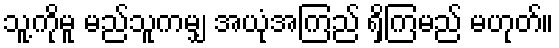
သူ့ကိုမူ မည်သူကမျှ အယုံအကြည် ရှိကြမည် မဟုတ်။